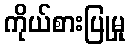
ကိုယ်စားပြုမှု